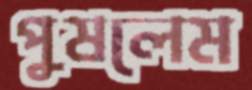
পুষলেম